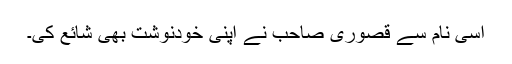
اسی نام سے قصوری صاحب نے اپنی خودنوشت بھی شائع کی۔